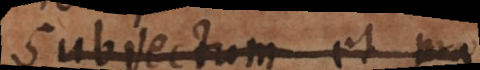
Subjectum et pra